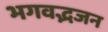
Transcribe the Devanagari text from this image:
भगवद्भजन